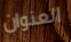
العنوان